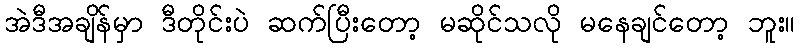
အဲဒီအချိန်မှာ ဒီတိုင်းပဲ ဆက်ပြီးတော့ မဆိုင်သလို မနေချင်တော့ ဘူး။